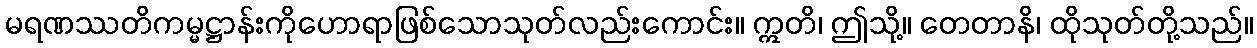
မရဏဿတိကမ္မဋ္ဌာန်းကိုဟောရာဖြစ်သောသုတ်လည်းကောင်း။ ဣတိ၊ ဤသို့။ တေတာနိ၊ ထိုသုတ်တို့သည်။